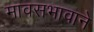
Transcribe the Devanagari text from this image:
मावसभावाने